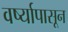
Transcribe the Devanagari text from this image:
वर्ष्यापासून